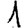
Digit: 1